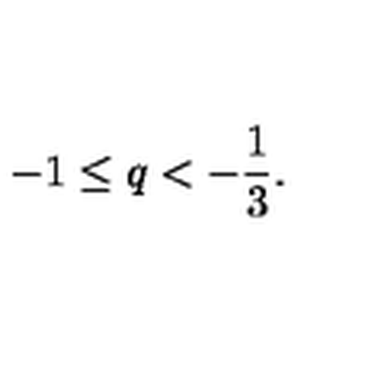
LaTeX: - 1 \le q < - \frac { 1 } { 3 } .